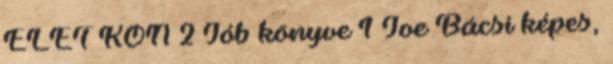
ÉLET KÖN 2 Jób könyve 1 Joe Bácsi képes,